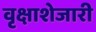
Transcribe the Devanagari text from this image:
वृक्षाशेजारी